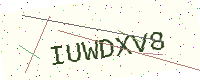
Text: IUWDXV8